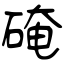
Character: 硽